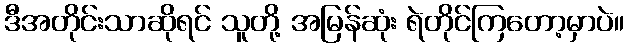
ဒီအတိုင်းသာဆိုရင် သူတို့ အမြန်ဆုံး ရဲတိုင်ကြတော့မှာပဲ။